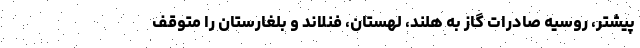
پیشتر، روسیه صادرات گاز به هلند، لهستان، فنلاند و بلغارستان را متوقف